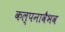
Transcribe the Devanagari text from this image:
कल्पनावैभव